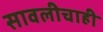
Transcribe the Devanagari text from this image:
सावलीचाही